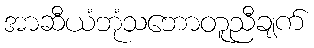
အာဆီယံဘုံသဘောတူညီချက်